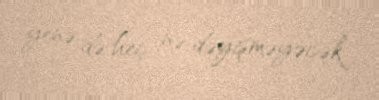
yenə də heç nə dəyişməyəcək.